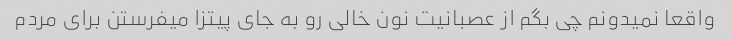
واقعا نمیدونم چی بگم از عصبانیت نون خالی رو به جای پیتزا میفرستن برای مردم